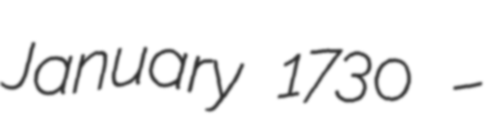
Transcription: January 1730 –